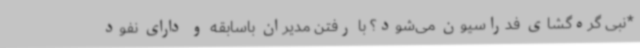
*نبی گره‌گشای فدراسیون می‌شود؟ با رفتن مدیران باسابقه و دارای نفود